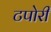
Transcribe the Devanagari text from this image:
टपोरी